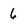
Character: 6